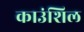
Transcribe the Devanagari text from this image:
काउंशिल